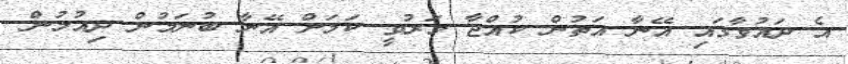
އެ ދައުވާގައި އޭނާ އަތުން ކުއްޖާ މަރުވީ ކަމަށް އޭނާ ބުނަމުން ދިއުމުން